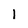
Character: 1